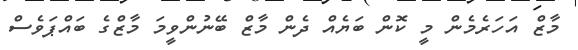
މާޒް އަހަރެމެން މީ ކޮން ބަޔެއް ދެން މާޒް ބޭނުންވީމަ މާޒްގެ ބައްޕަވެސް